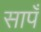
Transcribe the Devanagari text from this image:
सापँ